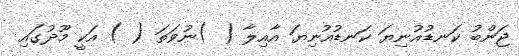
ޖަންބު ކަނޑުއުނިޔަ ކަނޑުއުނިޔަ އާއިލާ ( )ނުވަތަ ( ) އަކީ މޫދުގައި